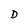
Character: D